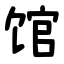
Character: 馆